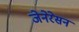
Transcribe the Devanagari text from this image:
जेनेरेसन